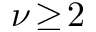
\nu \! \geq \! 2